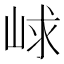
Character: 㟈